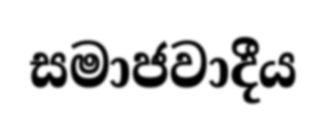
සමාජවාදීය